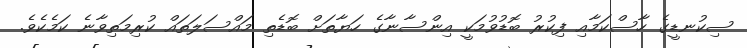
ސިކުނޑީގެ ހާސްކަމާއި ފިކުރު ބޮޑުވުމަކީ އިންސާނާގެ ހަޔާތަށް ބޮޑެތި މައްސަލަތައް ކުރިމަތިވާނެ ކަމެކެވެ.